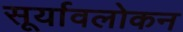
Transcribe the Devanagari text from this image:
सूर्यावलोकन